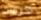
كرست